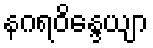
နဂရဝိန္ဒေယျာ